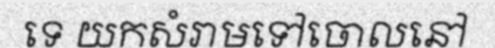
ទេ យកសំរាមទៅចោលនៅ